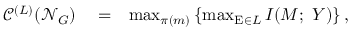
\begin{array} { r l r } { \mathscr { C } ^ { ( L ) } ( \mathcal { N } _ { G } ) } & { { } = } & { \operatorname* { m a x } _ { \pi ( m ) } \left\{ \operatorname* { m a x } _ { \mathrm { E } \in L } I ( M ; ~ Y ) \right\} , } \end{array}